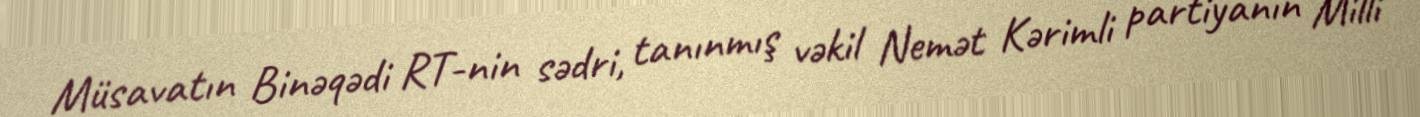
Müsavatın Binəqədi RT-nin sədri, tanınmış vəkil Nemət Kərimli partiyanın Milli